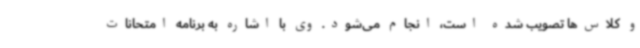
و کلاس‌ها تصویب شده است، انجام می‌شود. وی با اشاره به برنامه امتحانات